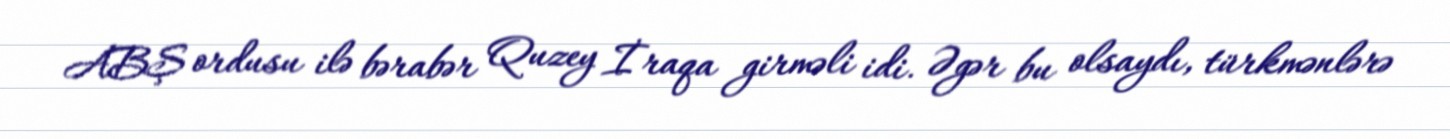
ABŞ ordusu ilə bərabər Quzey İraqa girməli idi. Əgər bu olsaydı, türkmənlərə